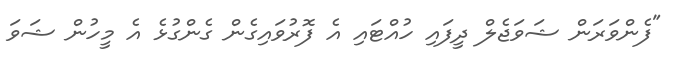
"ފެންވަރަން ޝަވަޖެލް ދީފައި ހުއްޓައި އެ ފޮރުވައިގެން ގެންގުޅެ އެ މީހުން ޝަވަ